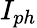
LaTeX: I_{ph}